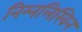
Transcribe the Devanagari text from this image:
निम्नलिखिन